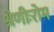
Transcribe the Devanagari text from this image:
श्रेणीःरोम